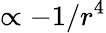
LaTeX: \propto-1/r^{4}